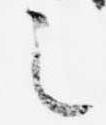
之